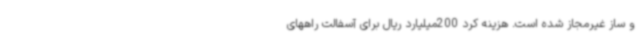
و ساز غیرمجاز شده است. هزینه کرد 200میلیارد ریال برای آسفالت راههای